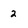
Character: 2